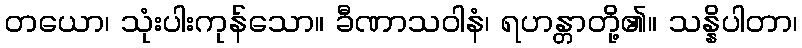
တယော၊ သုံးပါးကုန်သော။ ခီဏာသဝါနံ၊ ရဟန္တာတို့၏။ သန္နိပါတာ၊